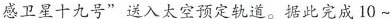
感卫星十九号”送入太空预定轨道。据此完成10~